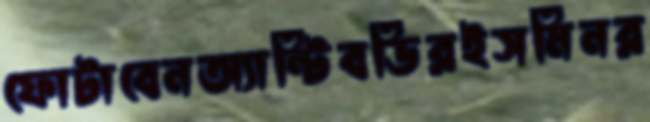
ফোটাবেনঅ্যান্টিবডিরইসমিনর